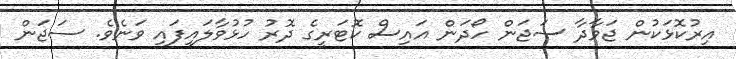
އިރުކޮޅަކުން ޖަވާދާ ސަޖަން ހޯދަން އައިސް ކޮޓަރީގެ ދޮރު ހުޅުވާލައިފައި ވަނެވެ. ސަޖަން